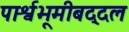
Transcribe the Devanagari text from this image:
पार्श्वभूमीबद्दल